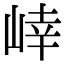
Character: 𭖩